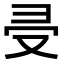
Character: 𠬶